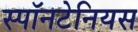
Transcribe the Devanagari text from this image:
स्पॉनटेनियस